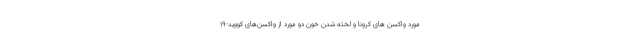
مورد واکسن‌ های کرونا و لخته‌ شدن خون دو مورد از واکسن‌های کووید-۱۹